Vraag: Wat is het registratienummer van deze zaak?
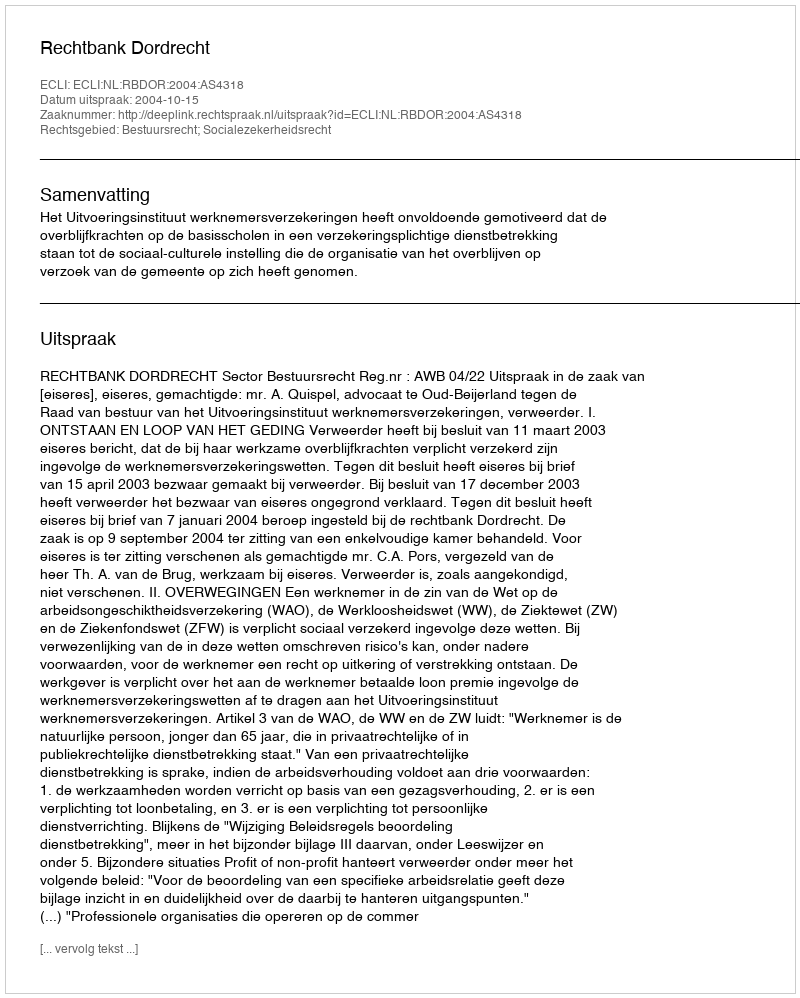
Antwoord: http://deeplink.rechtspraak.nl/uitspraak?id=ECLI:NL:RBDOR:2004:AS4318